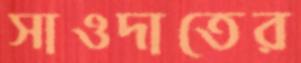
সাওদাতের